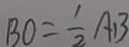
B O = \frac { 1 } { 2 } A B